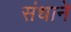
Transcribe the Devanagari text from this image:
संधाने